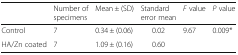
<table><thead><tr><td></td><td><b>Number of specimens</b></td><td><b>Mean ± (SD)</b></td><td><b>Standard error mean</b></td><td><b><i>F</i> value</b></td><td><b><i>P</i> value</b></td></tr></thead><tbody><tr><td>Control</td><td>7</td><td>0.34 ± (0.06)</td><td>0.02</td><td rowspan="2">9.67</td><td rowspan="2">0.009*</td></tr><tr><td>HA/Zn coated</td><td>7</td><td>1.09 ± (0.16)</td><td>0.60</td></tr></tbody></table>